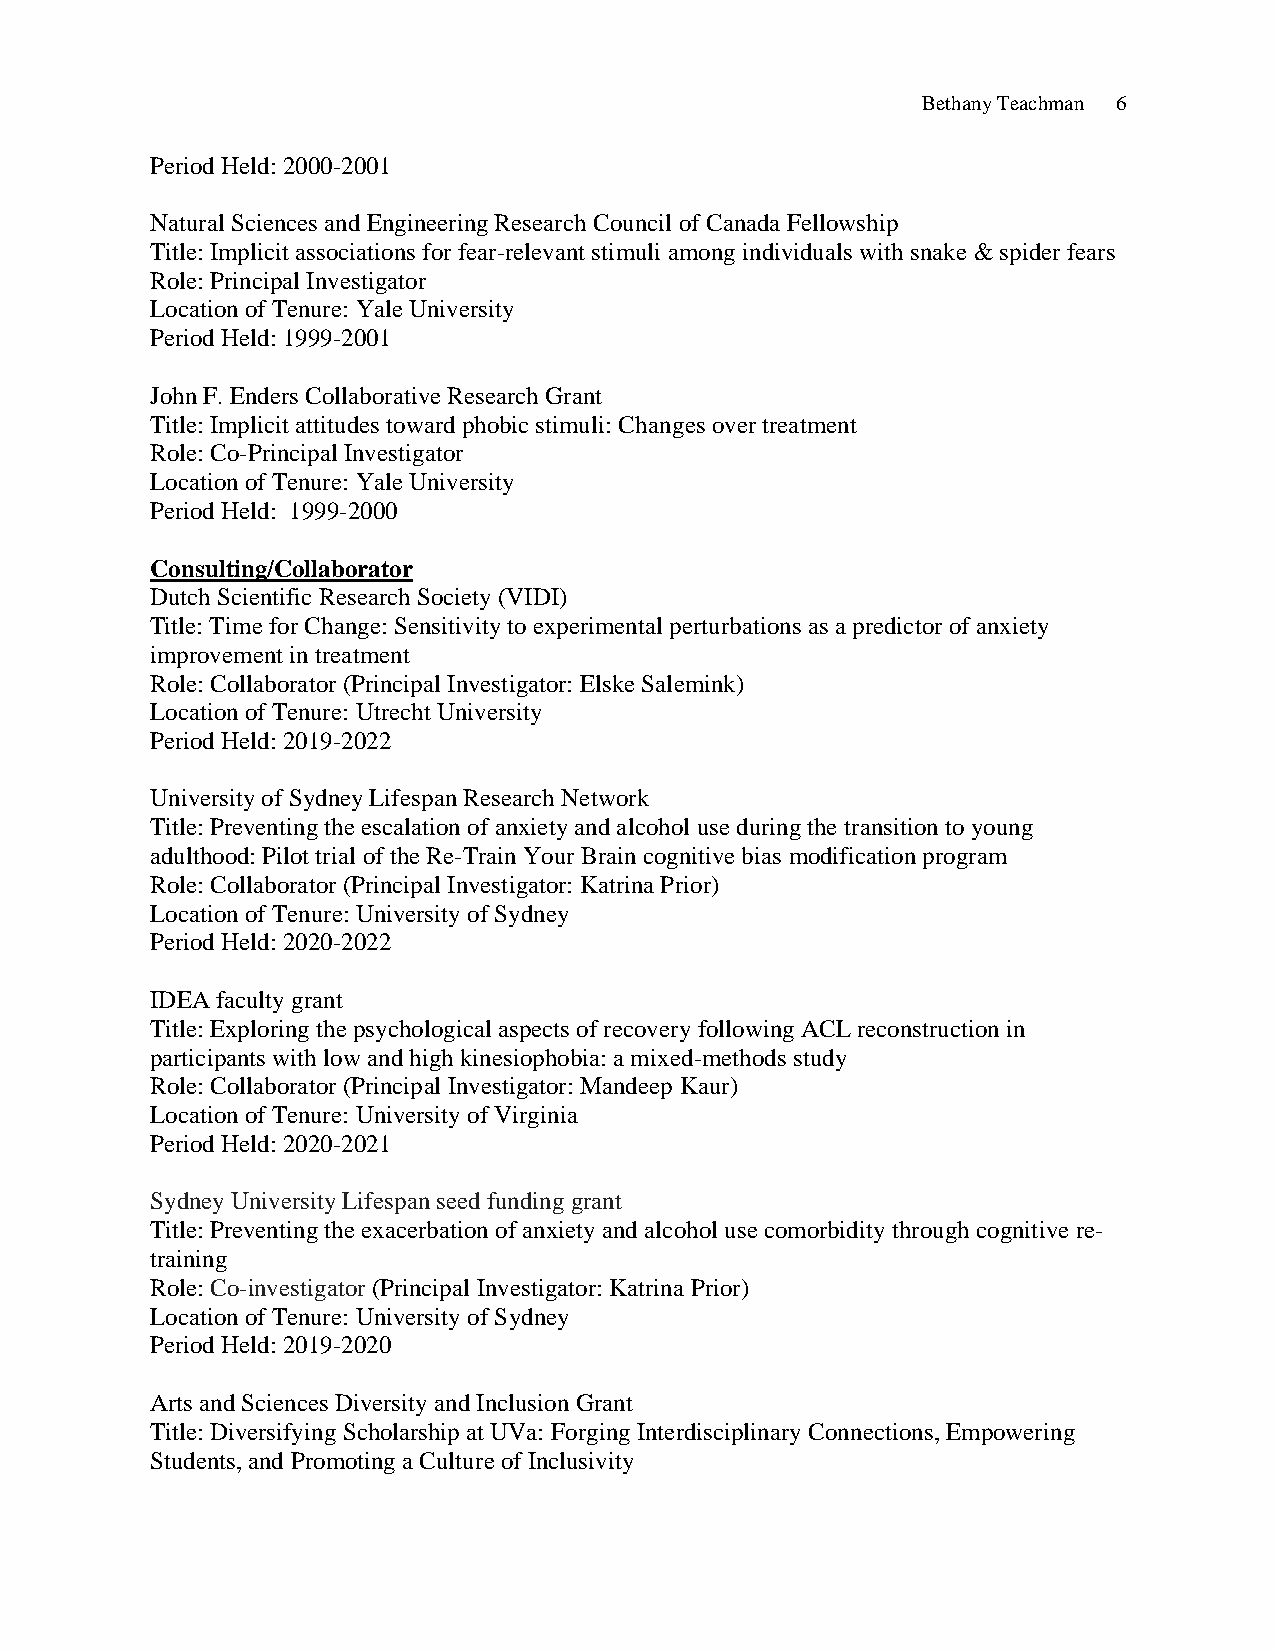
Bethany Teachman 6
 Period Held: 2000-2001
 Natural Sciences and Engineering Research Council of Canada Fellowship
 Title: Implicit associations for fear-relevant stimuli among individuals with snake & spider fears
 Role: Principal Investigator
 Location of Tenure: Yale University
 Period Held: 1999-2001
 John F. Enders Collaborative Research Grant
 Title: Implicit attitudes toward phobic stimuli: Changes over treatment
 Role: Co-Principal Investigator
 Location of Tenure: Yale University
 Period Held: 1999-2000
 Consulting/Collaborator
 Dutch Scientific Research Society (VIDI)
 Title: Time for Change: Sensitivity to experimental perturbations as a predictor of anxiety
 improvement in treatment
 Role: Collaborator (Principal Investigator: Elske Salemink)
 Location of Tenure: Utrecht University
 Period Held: 2019-2022
 University of Sydney Lifespan Research Network
 Title: Preventing the escalation of anxiety and alcohol use during the transition to young
 adulthood: Pilot trial of the Re-Train Your Brain cognitive bias modification program
 Role: Collaborator (Principal Investigator: Katrina Prior)
 Location of Tenure: University of Sydney
 Period Held: 2020-2022
 IDEA faculty grant
 Title: Exploring the psychological aspects of recovery following ACL reconstruction in
 participants with low and high kinesiophobia: a mixed-methods study
 Role: Collaborator (Principal Investigator: Mandeep Kaur)
 Location of Tenure: University of Virginia
 Period Held: 2020-2021
 Sydney University Lifespan seed funding grant
 Title: Preventing the exacerbation of anxiety and alcohol use comorbidity through cognitive re-
 training
 Role: Co-investigator (Principal Investigator: Katrina Prior)
 Location of Tenure: University of Sydney
 Period Held: 2019-2020
 Arts and Sciences Diversity and Inclusion Grant
 Title: Diversifying Scholarship at UVa: Forging Interdisciplinary Connections, Empowering
 Students, and Promoting a Culture of Inclusivity